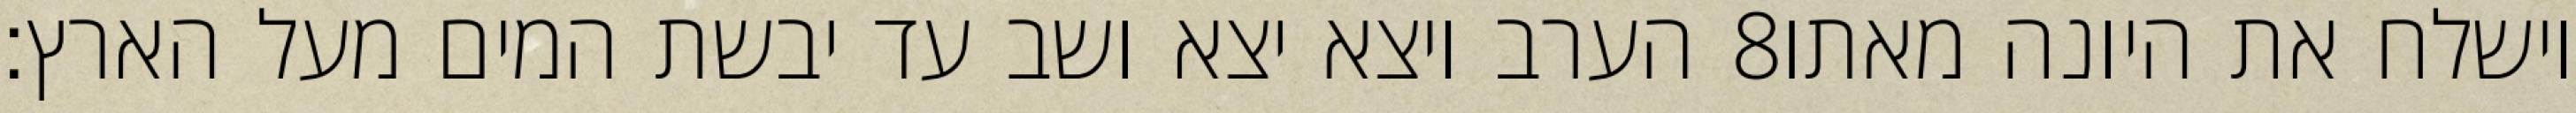
הערב ויצא יצא ושב עד יבשת המים מעל הארץ׃ ‎8‏ וישלח את היונה מאתו